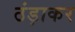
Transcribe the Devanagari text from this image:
ठंड़ाकर